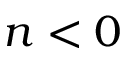
n < 0